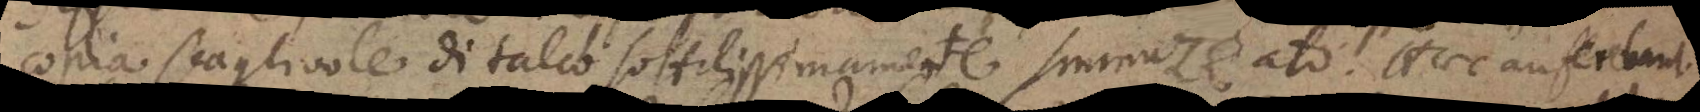
copia scagliuole di talco sottilissimamente sminuzzato. Haec auferebant